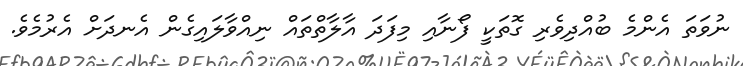
ނުވަތަ އެންމެ ބުއްދިވެރި ގޮތަކީ ފޯނާއި މިފަދަ އާލާތްތައް ނިއްވާލައިގެން އެނދަށް އެރުމެވެ.